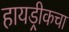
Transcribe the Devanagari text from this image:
हायड्रीकचा